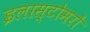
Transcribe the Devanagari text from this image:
इलास्टोमरों